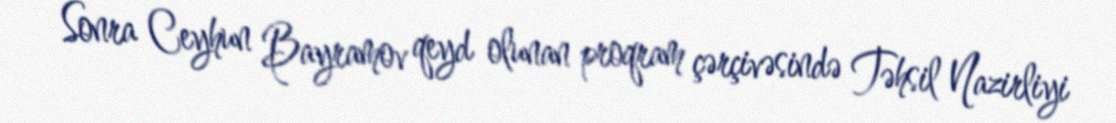
Sonra Ceyhun Bayramov qeyd olunan proqram çərçivəsində Təhsil Nazirliyi